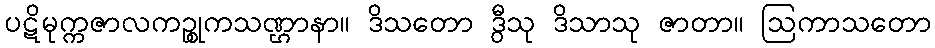
ပဋိမုက္ကဇာလကဉ္စုကသဏ္ဌာနာ။ ဒိသတော ဒွီသု ဒိသာသု ဇာတာ။ ဩကာသတော